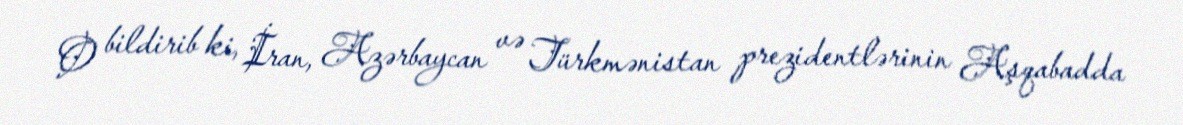
O bildirib ki, İran, Azərbaycan və Türkmənistan prezidentlərinin Aşqabadda